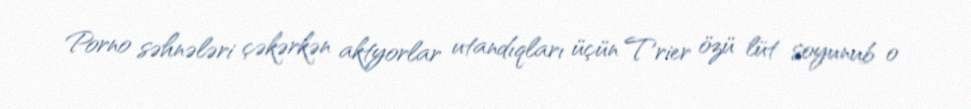
Porno səhnələri çəkərkən aktyorlar utandıqları üçün Trier özü lüt soyunub o